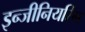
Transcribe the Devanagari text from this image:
इन्‍जीनियरिंग